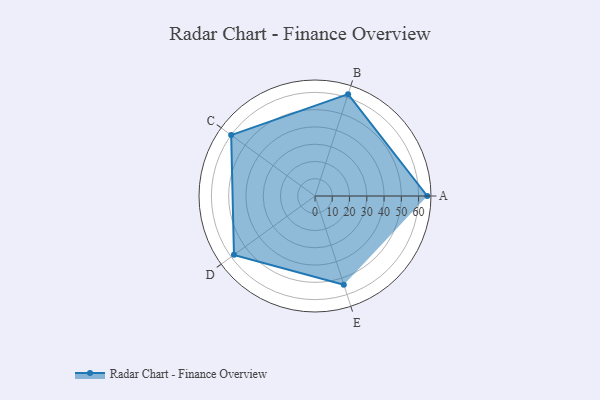
{"axis": {"x": "Skill", "y": "Score"}, "legend": ["Profile"], "data": [{"x": "A", "y": 65.0, "type": "Profile"}, {"x": "B", "y": 62.0, "type": "Profile"}, {"x": "C", "y": 60.0, "type": "Profile"}, {"x": "D", "y": 58.0, "type": "Profile"}, {"x": "E", "y": 54.0, "type": "Profile"}]}